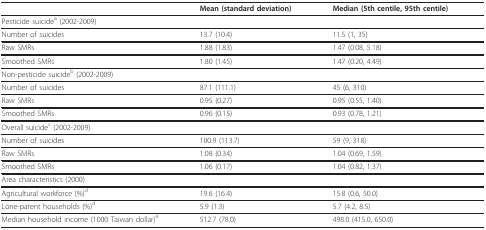
|  | Mean (standard deviation) | Median (5th centile, 95th centile) |
 | --- | --- | --- |
 | Pesticide suicidea (2002-2009) |  |  |
 | Number of suicides | 13.7 (10.4) | 11.5 (1, 35) |
 | Raw SMRs | 1.88 (1.83) | 1.47 (0.08, 5.18) |
 | Smoothed SMRs | 1.80 (1.45) | 1.47 (0.20, 4.49) |
 | Non-pesticide suicideb (2002-2009) |  |  |
 | Number of suicides | 87.1 (111.1) | 45 (6, 310) |
 | Raw SMRs | 0.95 (0.27) | 0.95 (0.55, 1.40) |
 | Smoothed SMRs | 0.96 (0.15) | 0.93 (0.78, 1.21) |
 | Overall suicidec (2002-2009) |  |  |
 | Number of suicides | 100.9 (113.7) | 59 (9, 318) |
 | Raw SMRs | 1.08 (0.34) | 1.04 (0.69, 1.59) |
 | Smoothed SMRs | 1.06 (0.17) | 1.04 (0.82, 1.37) |
 | Area characteristics (2000) |  |  |
 | Agricultural workforce (%)d | 19.6 (16.4) | 15.8 (0.6, 50.0) |
 | Lone-parent households (%)d | 5.9 (1.3) | 5.7 (4.2, 8.5) |
 | Median household income (1000 Taiwan dollar)e | 512.7 (78.0) | 498.0 (415.0, 650.0) |